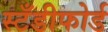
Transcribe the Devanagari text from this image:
स्टँडीफोर्ड